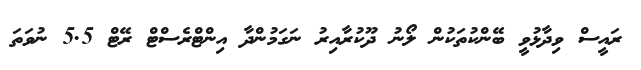
ރައީސް ވިދާޅުވީ ބޭންކުތަކުން ލޯނު ދޫކުރާއިރު ނަގަމުންދާ އިންޓްރެސްޓް ރޭޓް 5.5 ނުވަތަ